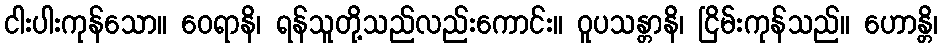
ငါးပါးကုန်သော။ ဝေရာနိ၊ ရန်သူတို့သည်လည်းကောင်း။ ဝူပသန္တာနိ၊ ငြိမ်းကုန်သည်။ ဟောန္တိ၊